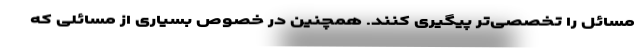
مسائل را تخصصی‌تر پیگیری کنند. همچنین در خصوص بسیاری از مسائلی که